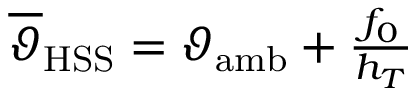
\begin{array} { r } { \overline { { \vartheta } } _ { \mathrm { H S S } } = \vartheta _ { \mathrm { a m b } } + \frac { f _ { 0 } } { h _ { T } } } \end{array}